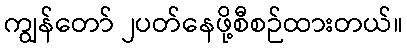
ကျွန်တော် ၂ပတ်နေဖို့စီစဉ်ထားတယ်။